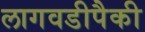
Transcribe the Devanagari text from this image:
लागवडीपैकी